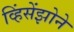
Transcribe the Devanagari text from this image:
व्हिंसेंझोने